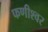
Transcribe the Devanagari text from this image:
फणीश्‍वर